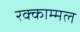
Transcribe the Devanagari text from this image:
रक्काम्मल